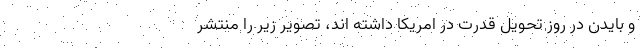
و بایدن در روز تحویل قدرت در امریکا داشته اند، تصویر زیر را منتشر